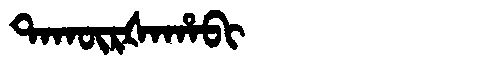
Manchu: ᡨᠠᡴᡡᡵᡧᠠᡥᠠᠪᡳ
Romanization: TAKŪRŠAHABI